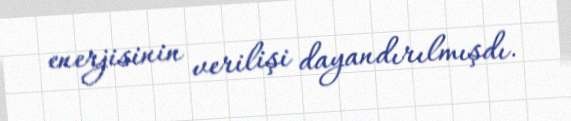
enerjisinin verilişi dayandırılmışdı.